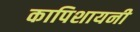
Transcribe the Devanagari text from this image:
कापिशायनी